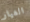
الغيار